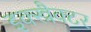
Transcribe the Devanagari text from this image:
इक्स्त्रैक्टर